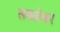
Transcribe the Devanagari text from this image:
लबळेकर